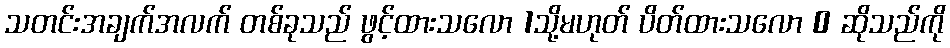
သတင်းအချက်အလက် တစ်ခုသည် ဖွင့်ထားသလော 1သို့မဟုတ် ပိတ်ထားသလော 0 ဆိုသည်ကို